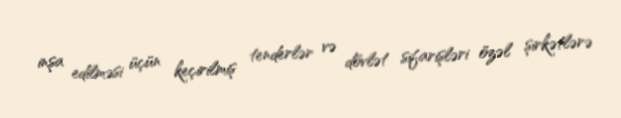
inşa edilməsi üçün keçirilmiş tenderlər və dövlət sifarişləri özəl şirkətlərə